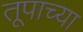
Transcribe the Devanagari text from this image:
तूपाच्या